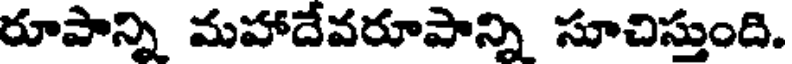
రూపాన్ని మహాదేవరూపాన్ని సూచిస్తుంది.